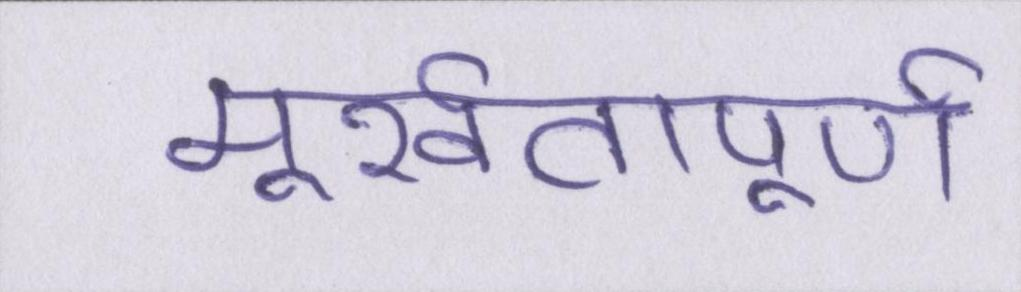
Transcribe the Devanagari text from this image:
मूर्खतापूर्ण